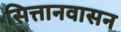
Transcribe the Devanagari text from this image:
सित्तानवासन